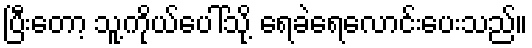
ပြီးတော့ သူ့ကိုယ်ပေါ်သို့ ရေခဲရေလောင်းပေးသည်။